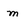
Character: m